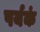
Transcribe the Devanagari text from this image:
पर्यकं